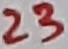
Text: 23